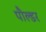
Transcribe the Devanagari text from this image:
पौल्डर